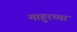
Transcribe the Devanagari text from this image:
माहुरच्या